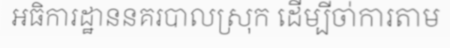
អធិការដ្ឋាននគរបាលស្រុក ដើម្បីចា់ការតាម